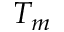
T _ { m }